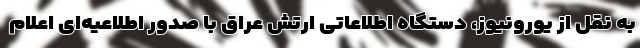
به نقل از یورونیوز، دستگاه اطلاعاتی ارتش عراق با صدور اطلاعیه‌ای اعلام